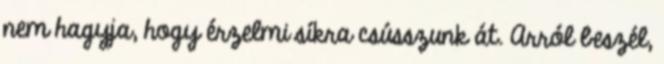
nem hagyja, hogy érzelmi síkra csússzunk át. Arról beszél,